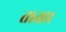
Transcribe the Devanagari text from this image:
ताता।